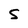
Character: S